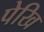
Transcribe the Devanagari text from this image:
पेखि